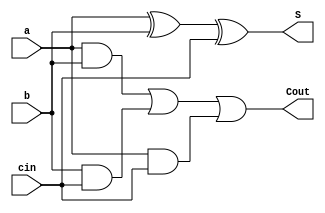
module full_adder(input a, b, cin, output S, Cout);
  assign S = a ^ b ^ cin;
  assign Cout = (a & b) | (b & cin) | (a & cin);
endmodule

// test bench.
module tb_top;
  reg a, b, c;
  wire s, c_out;
  
  full_adder fa(a, b, c, s, c_out);
  
  initial begin
    $monitor("At time %0t: a=%b b=%b, cin=%b, sum=%b, carry=%b",$time, a,b,c,s,c_out);
    a = 0; b = 0; c = 0; #1;
    a = 0; b = 0; c = 1; #1;
    a = 0; b = 1; c = 0; #1;
    a = 0; b = 1; c = 1; #1;
    a = 1; b = 0; c = 0; #1;
    a = 1; b = 0; c = 1; #1;
    a = 1; b = 1; c = 0; #1;
    a = 1; b = 1; c = 1; #1;
  end
endmodule